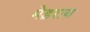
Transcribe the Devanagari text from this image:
मेड़राय